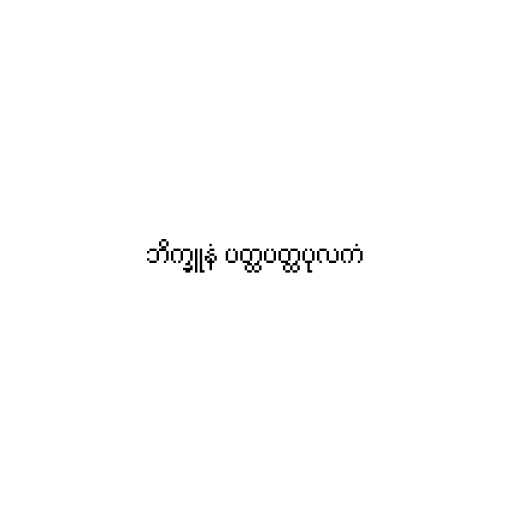
ဘိက္ခူနံ ပတ္ထပတ္ထပုလကံ